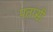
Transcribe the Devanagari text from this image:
पतासी